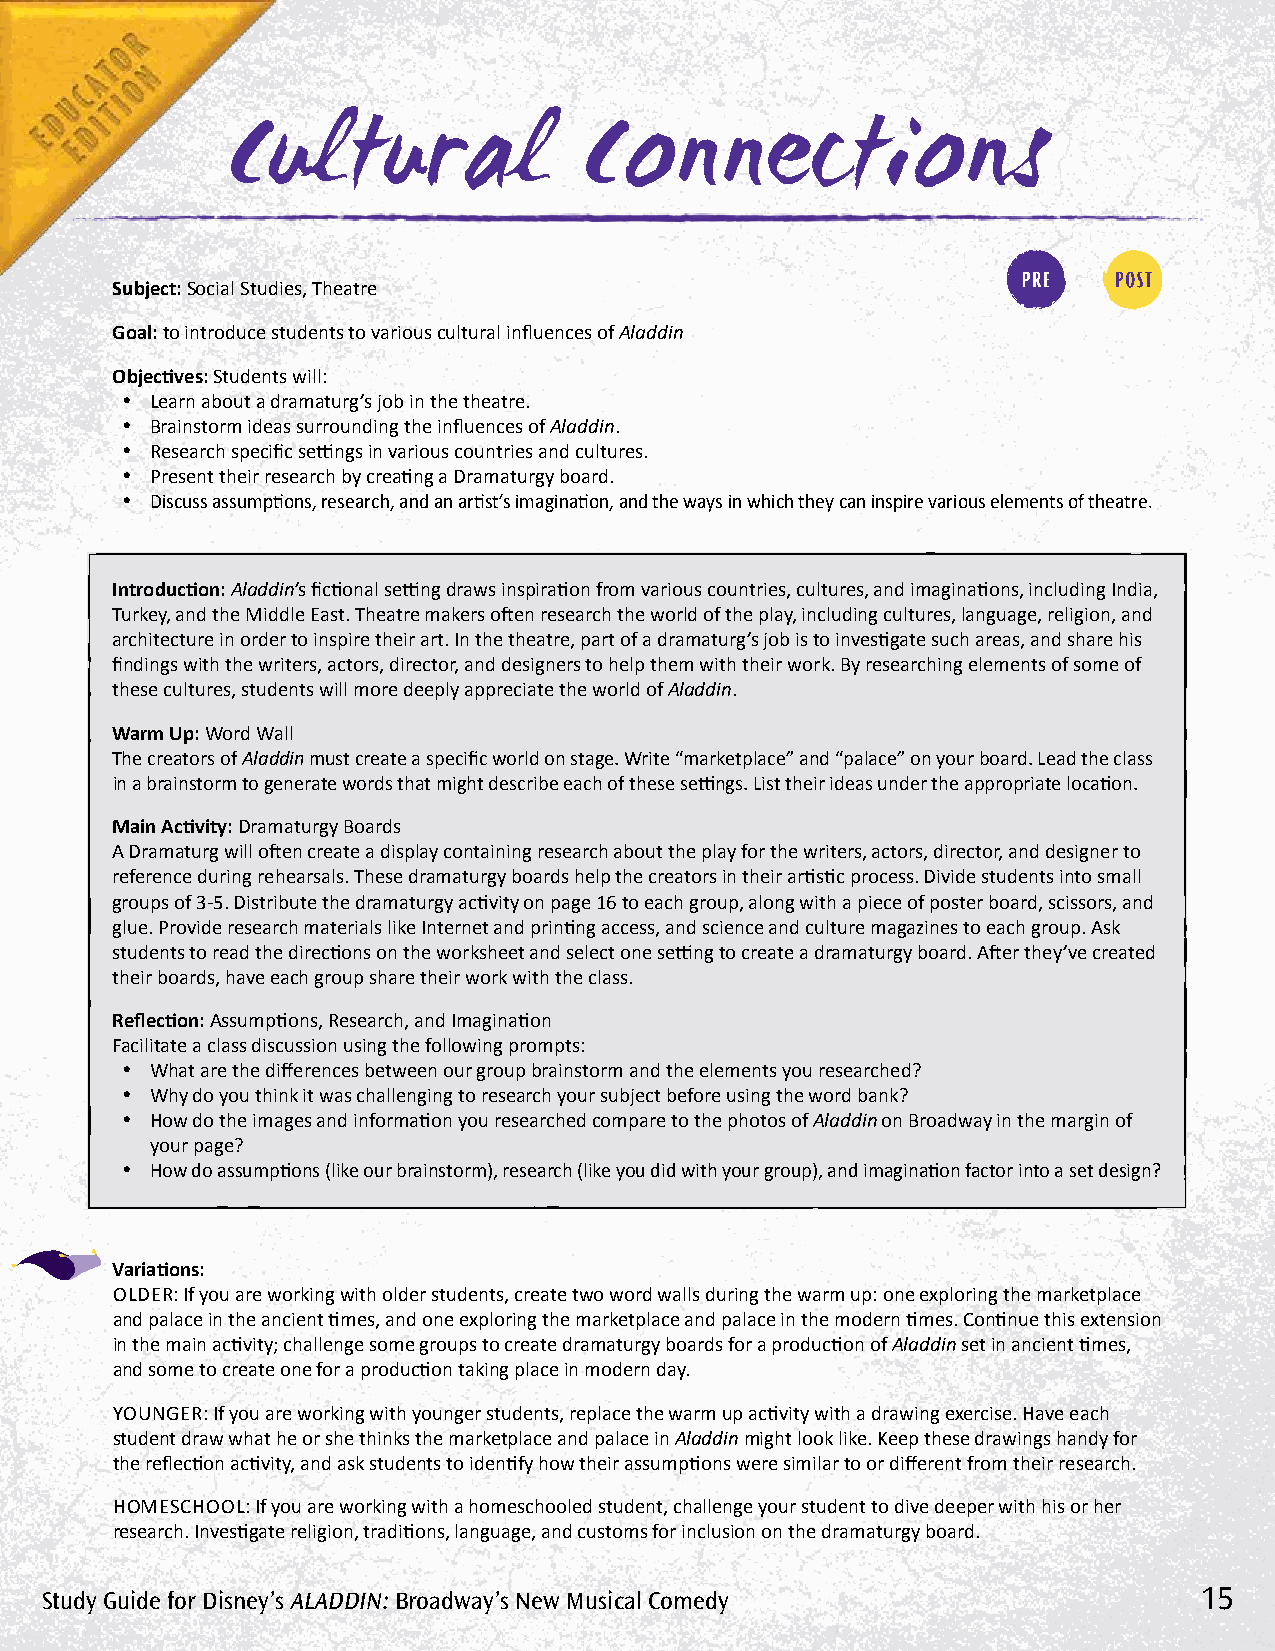
Cultural                Connections
 Subject: Social Studies, Theatre
 Goal: to introduce students to various cultural influences of Aladdin
 Objectives: Students will:
 • Learn about a dramaturg’s job in the theatre.
 • Brainstorm ideas surrounding the influences of Aladdin.
 • Research specific settings in various countries and cultures.
 • Present their research by creating a Dramaturgy board.
 • Discuss assumptions, research, and an artist’s imagination, and the ways in which they can inspire various elements of theatre.
 Introduction: Aladdin’s fictional setting draws inspiration from various countries, cultures, and imaginations, including India,
 Turkey, and the Middle East. Theatre makers often research the world of the play, including cultures, language, religion, and
 architecture in order to inspire their art. In the theatre, part of a dramaturg’s job is to investigate such areas, and share his
 findings with the writers, actors, director, and designers to help them with their work. By researching elements of some of
 these cultures, students will more deeply appreciate the world of Aladdin.
 Warm Up: Word Wall
 The creators of Aladdin must create a specific world on stage. Write “marketplace” and “palace” on your board. Lead the class
 in a brainstorm to generate words that might describe each of these settings. List their ideas under the appropriate location.
 Main Activity: Dramaturgy Boards
 A Dramaturg will often create a display containing research about the play for the writers, actors, director, and designer to
 reference during rehearsals. These dramaturgy boards help the creators in their artistic process. Divide students into small
 groups of 3-5. Distribute the dramaturgy activity on page 16 to each group, along with a piece of poster board, scissors, and
 glue. Provide research materials like Internet and printing access, and science and culture magazines to each group. Ask
 students to read the directions on the worksheet and select one setting to create a dramaturgy board. After they’ve created
 their boards, have each group share their work with the class.
 Reflection: Assumptions, Research, and Imagination
 Facilitate a class discussion using the following prompts:
 • What are the differences between our group brainstorm and the elements you researched?
 • Why do you think it was challenging to research your subject before using the word bank?
 • How do the images and information you researched compare to the photos of Aladdin on Broadway in the margin of
 your page?
 • How do assumptions (like our brainstorm), research (like you did with your group), and imagination factor into a set design?
 Variations:
 OLDER: If you are working with older students, create two word walls during the warm up: one exploring the marketplace
 and palace in the ancient times, and one exploring the marketplace and palace in the modern times. Continue this extension
 in the main activity; challenge some groups to create dramaturgy boards for a production of Aladdin set in ancient times,
 and some to create one for a production taking place in modern day.
 YOuNGER: If you are working with younger students, replace the warm up activity with a drawing exercise. Have each
 student draw what he or she thinks the marketplace and palace in Aladdin might look like. Keep these drawings handy for
 the reflection activity, and ask students to identify how their assumptions were similar to or different from their research.
 HOMESCHOOL: If you are working with a homeschooled student, challenge your student to dive deeper with his or her
 research. Investigate religion, traditions, language, and customs for inclusion on the dramaturgy board.
 Study Guide for Disney’s AlADDin: Broadway’s new Musical Comedy             15